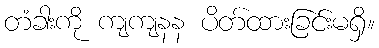
တံခါးကို ကျကျနန ပိတ်ထားခြင်းမရှိ။